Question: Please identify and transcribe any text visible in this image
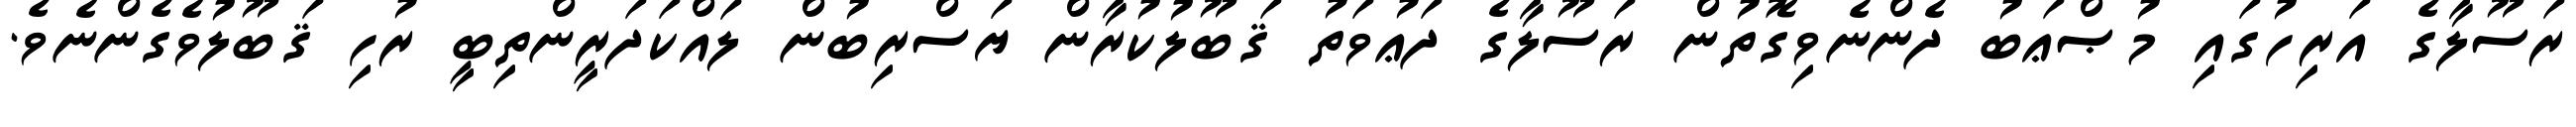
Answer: ރަސޫލާގެ އަރިހުގައި މުޞްޢަބު ދެންނެވިގޮތުން ރަސޫލާގެ ދަޢުވަތު ޤަބޫލުކުރާން ޔަސްރިބުން ލައްކަދަރީންތިބީ ރުހި ޤަބޫލުވެގެންނެވެ.